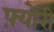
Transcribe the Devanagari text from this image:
फ़्योरी